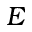
E